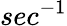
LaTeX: sec^{-1}